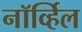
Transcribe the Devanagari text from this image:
नॉर्व्हिल